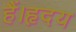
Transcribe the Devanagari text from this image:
हैं।हृदय